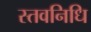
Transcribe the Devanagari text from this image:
स्तवनिधि